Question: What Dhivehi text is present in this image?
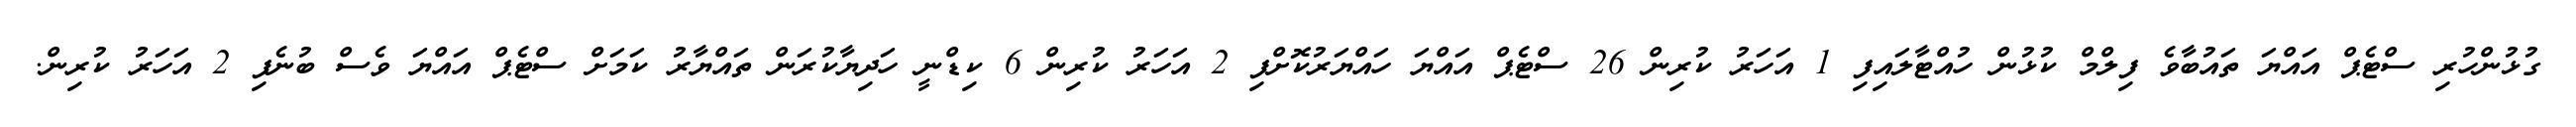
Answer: ގުޅުންހުރި ސްޓެޕް އައްޔަ ތައުބާވެ ފިލްމް ކުޅުން ހުއްޓާލައިފި 1 އަހަރު ކުރިން 26 ސްޓެޕް އައްޔަ ހައްޔަރުކޮށްފި 2 އަހަރު ކުރިން 6 ކިޑްނީ ހަދިޔާކުރަން ތައްޔާރު ކަމަށް ސްޓެޕް އައްޔަ ވެސް ބުނެފި 2 އަހަރު ކުރިން.